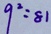
9 ^ { 2 } = 8 1